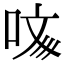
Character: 𠲲